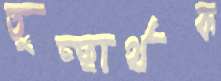
তুচ্ছার্থক